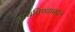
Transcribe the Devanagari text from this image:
वाचविण्याबद्दल